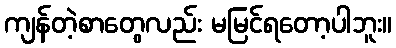
ကျန်တဲ့စာတွေလည်း မမြင်ရတော့ပါဘူး။